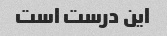
این درست است